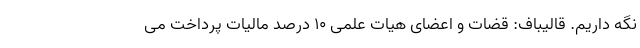
نگه داریم. قالیباف: قضات و اعضای هیات علمی ۱۰ درصد مالیات پرداخت می